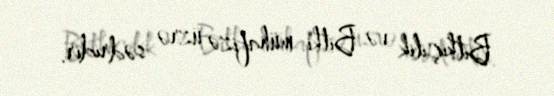
Bitkiçilik və Bitki mühafizə üzrə sədridir.